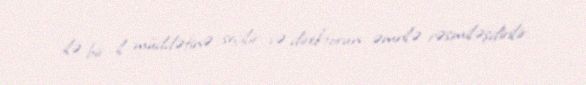
ilə bir il müddətinə seçilir və direktorun əmrilə rəsmiləşdirilir.